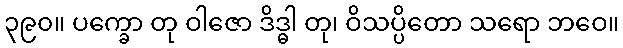
၃၉၀။ ပက္ခော တု ဝါဇော ဒိဒ္ဓါ တု၊ ဝိသပ္ပိတော သရော ဘဝေ။